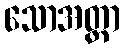
သောအတ္တာ